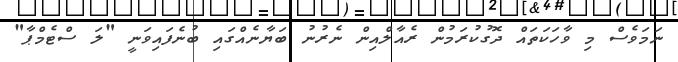
ނަމަވެސް މި ވާހަކަތައް ދޮގުކުރަމުން ރެއާލްއިން ނެރުނު ބަޔާނެއްގައި ބުނެފައިވަނީ "ލަ ސްޓެމްޕާ"